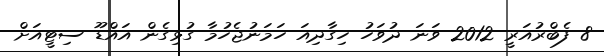
8 ފެބްރުއަރީ 2012 ވަނަ ދުވަހު ހިގާދިއަ ހަމަނުޖެހުމާ ގުޅިގެން އައްޑޫ ސިޓީއަށް